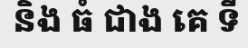
និង ធំ ជាង គេ ទី